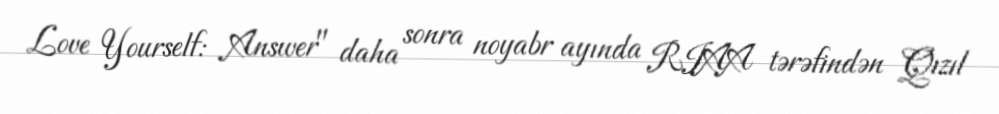
Love Yourself: Answer" daha sonra noyabr ayında RIAA tərəfindən Qızıl